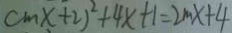
c m x + 2 ) ^ { 2 } + 4 x + 1 = 2 m x + 4